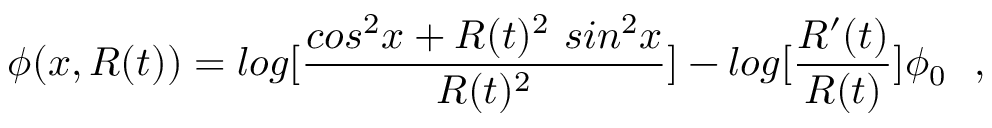
\phi ( x , R ( t ) ) = l o g [ \frac { c o s ^ { 2 } x + R ( t ) ^ { 2 } ~ s i n ^ { 2 } x } { R ( t ) ^ { 2 } } ] - l o g [ { \frac { R ^ { \prime } ( t ) } { R ( t ) } } ] \phi _ { 0 } ~ ~ ,